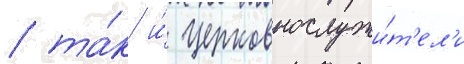
/ та́к и́ церковнослужи́т'ел'и